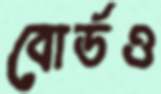
বোর্ডও